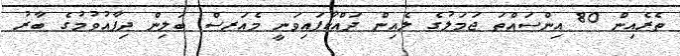
ތެރެއިން 80 އިންސައްތަ ޖަމަލުގެ ލެއިން ދައްކާފައިވަނީ މެއަރސް ބަލިން ދިފާއުވުމުގެ ބާރު